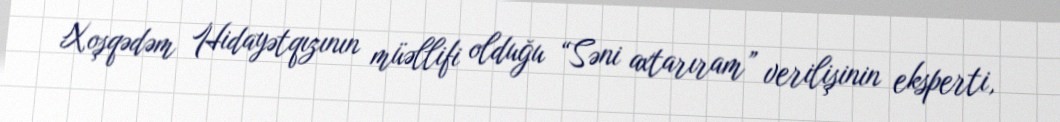
Xoşqədəm Hidayətqızının müəllifi olduğu “Səni axtarıram” verilişinin eksperti,